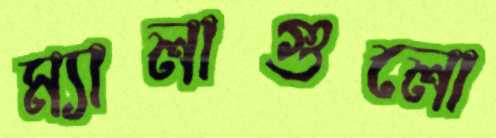
ম্যালাগুলো